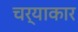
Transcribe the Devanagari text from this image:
चर्याकार